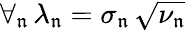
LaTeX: \forall_{\mathfrak{n}}\, \lambda_{\mathfrak{n}}=\sigma_{\mathfrak{n}}\, \sqrt{\nu_{\mathfrak{n}}}